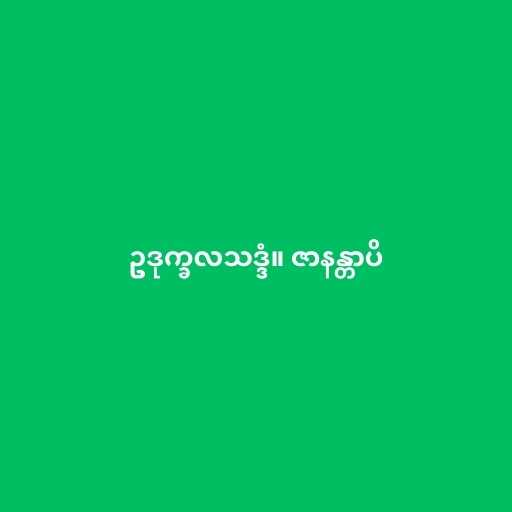
ဥဒုက္ခလသဒ္ဒံ။ ဇာနန္တာပိ